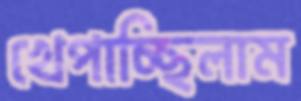
খেপাচ্ছিলাম